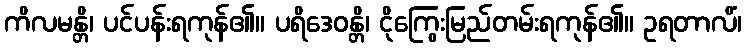
ကိလမန္တိ၊ ပင်ပန်းရကုန်၏။ ပရိဒေဝန္တိ၊ ငိုကြွေးမြည်တမ်းရကုန်၏။ ဥရတာလိံ၊